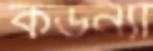
কউন্যা